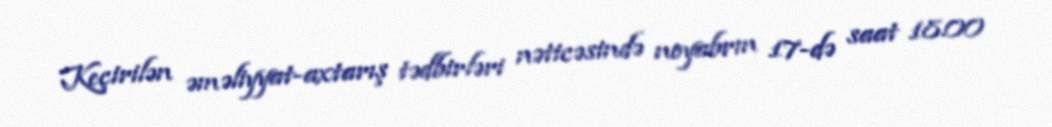
Keçirilən əməliyyat-axtarış tədbirləri nəticəsində noyabrın 17-də saat 18.00